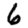
Digit: 6